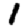
Digit: 1